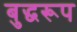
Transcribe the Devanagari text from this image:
बुद्धरूप